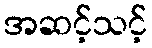
အဆင့်သင့်